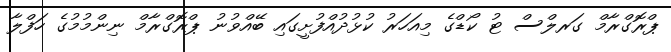
ޕްރޮގްރާމް ގަރލްސް ޓު ކޯޑްގެ މިއަހަރު ކުޅުދުއްފުށީގައި ބޭއްވުނު ޕްރޮގްރާމް ނިންމުމުގެ ހަފްލާ